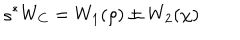
\varsigma ^ { * } W _ { C } = W _ { 1 } ( \rho ) \pm W _ { 2 } ( \chi )